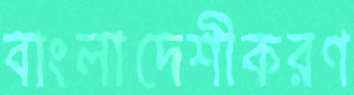
বাংলাদেশীকরণ